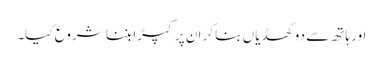
اور ہاتھ سے دو کھڈیاں بنا کر ان پر کپڑا بننا شروع کیا۔